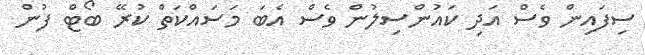
ސިފައިން ވެސް އަދި ކައުންސިލުން ވެސް އެބަ މަސައްކަތް ކުރޭ ބޯޓް ފުން